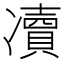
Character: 凟